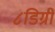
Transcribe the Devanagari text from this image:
८डिग्री